Vaccination in Bombay 1869-1873 - 1869-1873
Year: 1869
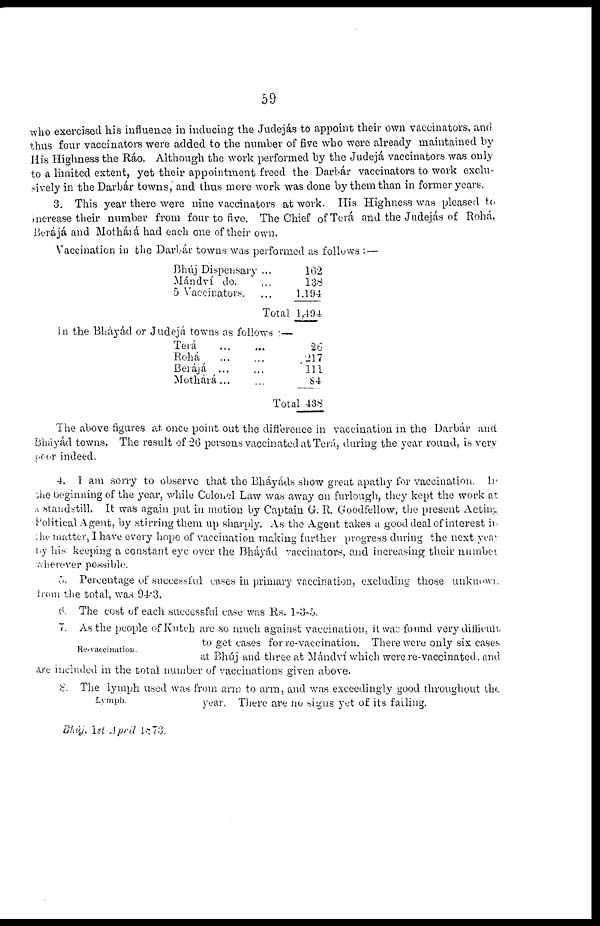
59
who exercised his influence in inducing the Judejás to appoint their own vaccinators, and
thus four vaccinators were added to the number of five who were already maintained by
His Highness the Ráo. Although the work performed by the Judejá vaccinators was only
to a limited extent, yet their appointment freed the Darbár vaccinators to work exclu-
sively in the Darbár towns, and thus more work was done by them than in former years.
3. This year there were nine vaccinators at work. His Highness was pleased to
increase their number from four to five. The Chief of Terá and the Judejás of Rohá,
Berájá and Mothárá had each one of their own.
Vaccination in the Darbár towns was performed as follows : —
Bhúj Dispensary
Mándví do.
5 Vaccinators.
...
...
...
Total
102
138
1,194
1,404
in the Bháyád or Judejá towns as follows :—
Terá
...
...
Rohá
...
...
Berájcá
...
...
Mothárá ... ...
Total
26
217
111
84
438
The above figures at once point out the difference in vaccination in the Darbár and
Bháyád towns. The result of 26 persons vaccinated at Terá, during the year round, is very
year indeed.
4. I am sorry to observe that the Bháyáds show great apathy for vaccination. In
she beginning of the year, while Colonel Law was away on furlough, they kept the work at
a standstill. It was again put in motion by Captain G. R. Goodfellow, the present Acting
Political Agent, by stirring them up sharply. As the Agent takes a good deal of interest in
the matter, I have every hope of vaccination making further progress during the next year
by his keeping a constant eye over the Bháyád vaccinators, and increasing their number
wherever possible.
5. Percentage of successful cases in primary vaccination, excluding those unknown.
from the total, was 94.3.
6. The cost of each successful case was Rs. 1-3-5.
Re-vaccination.
7. As the people of Kutch are so much against vaccination, it was found very difficult
to get cases for re-vaccination. There were only six cases
at Bhúj and three at Mándví which were re-vaccinated and
are included in the total number of vaccinations given above.
Lymph.
8. The lymph used was from arm to arm, and was exceedingly good throughout the
year. There are no signs yet of its failing.
Bhúj. 1st April 1873.